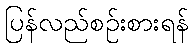
ပြန်လည်စဉ်းစားရန်